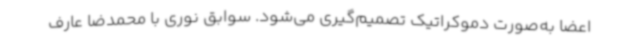
اعضا به‌صورت دموکراتیک تصمیم‌گیری می‌شود. سوابق نوری با محمدضا عارف